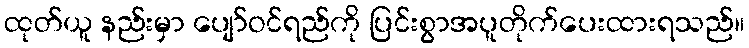
ထုတ်ယူ နည်းမှာ ပျော်ဝင်ရည်ကို ပြင်းစွာအပူတိုက်ပေးထားရသည်။